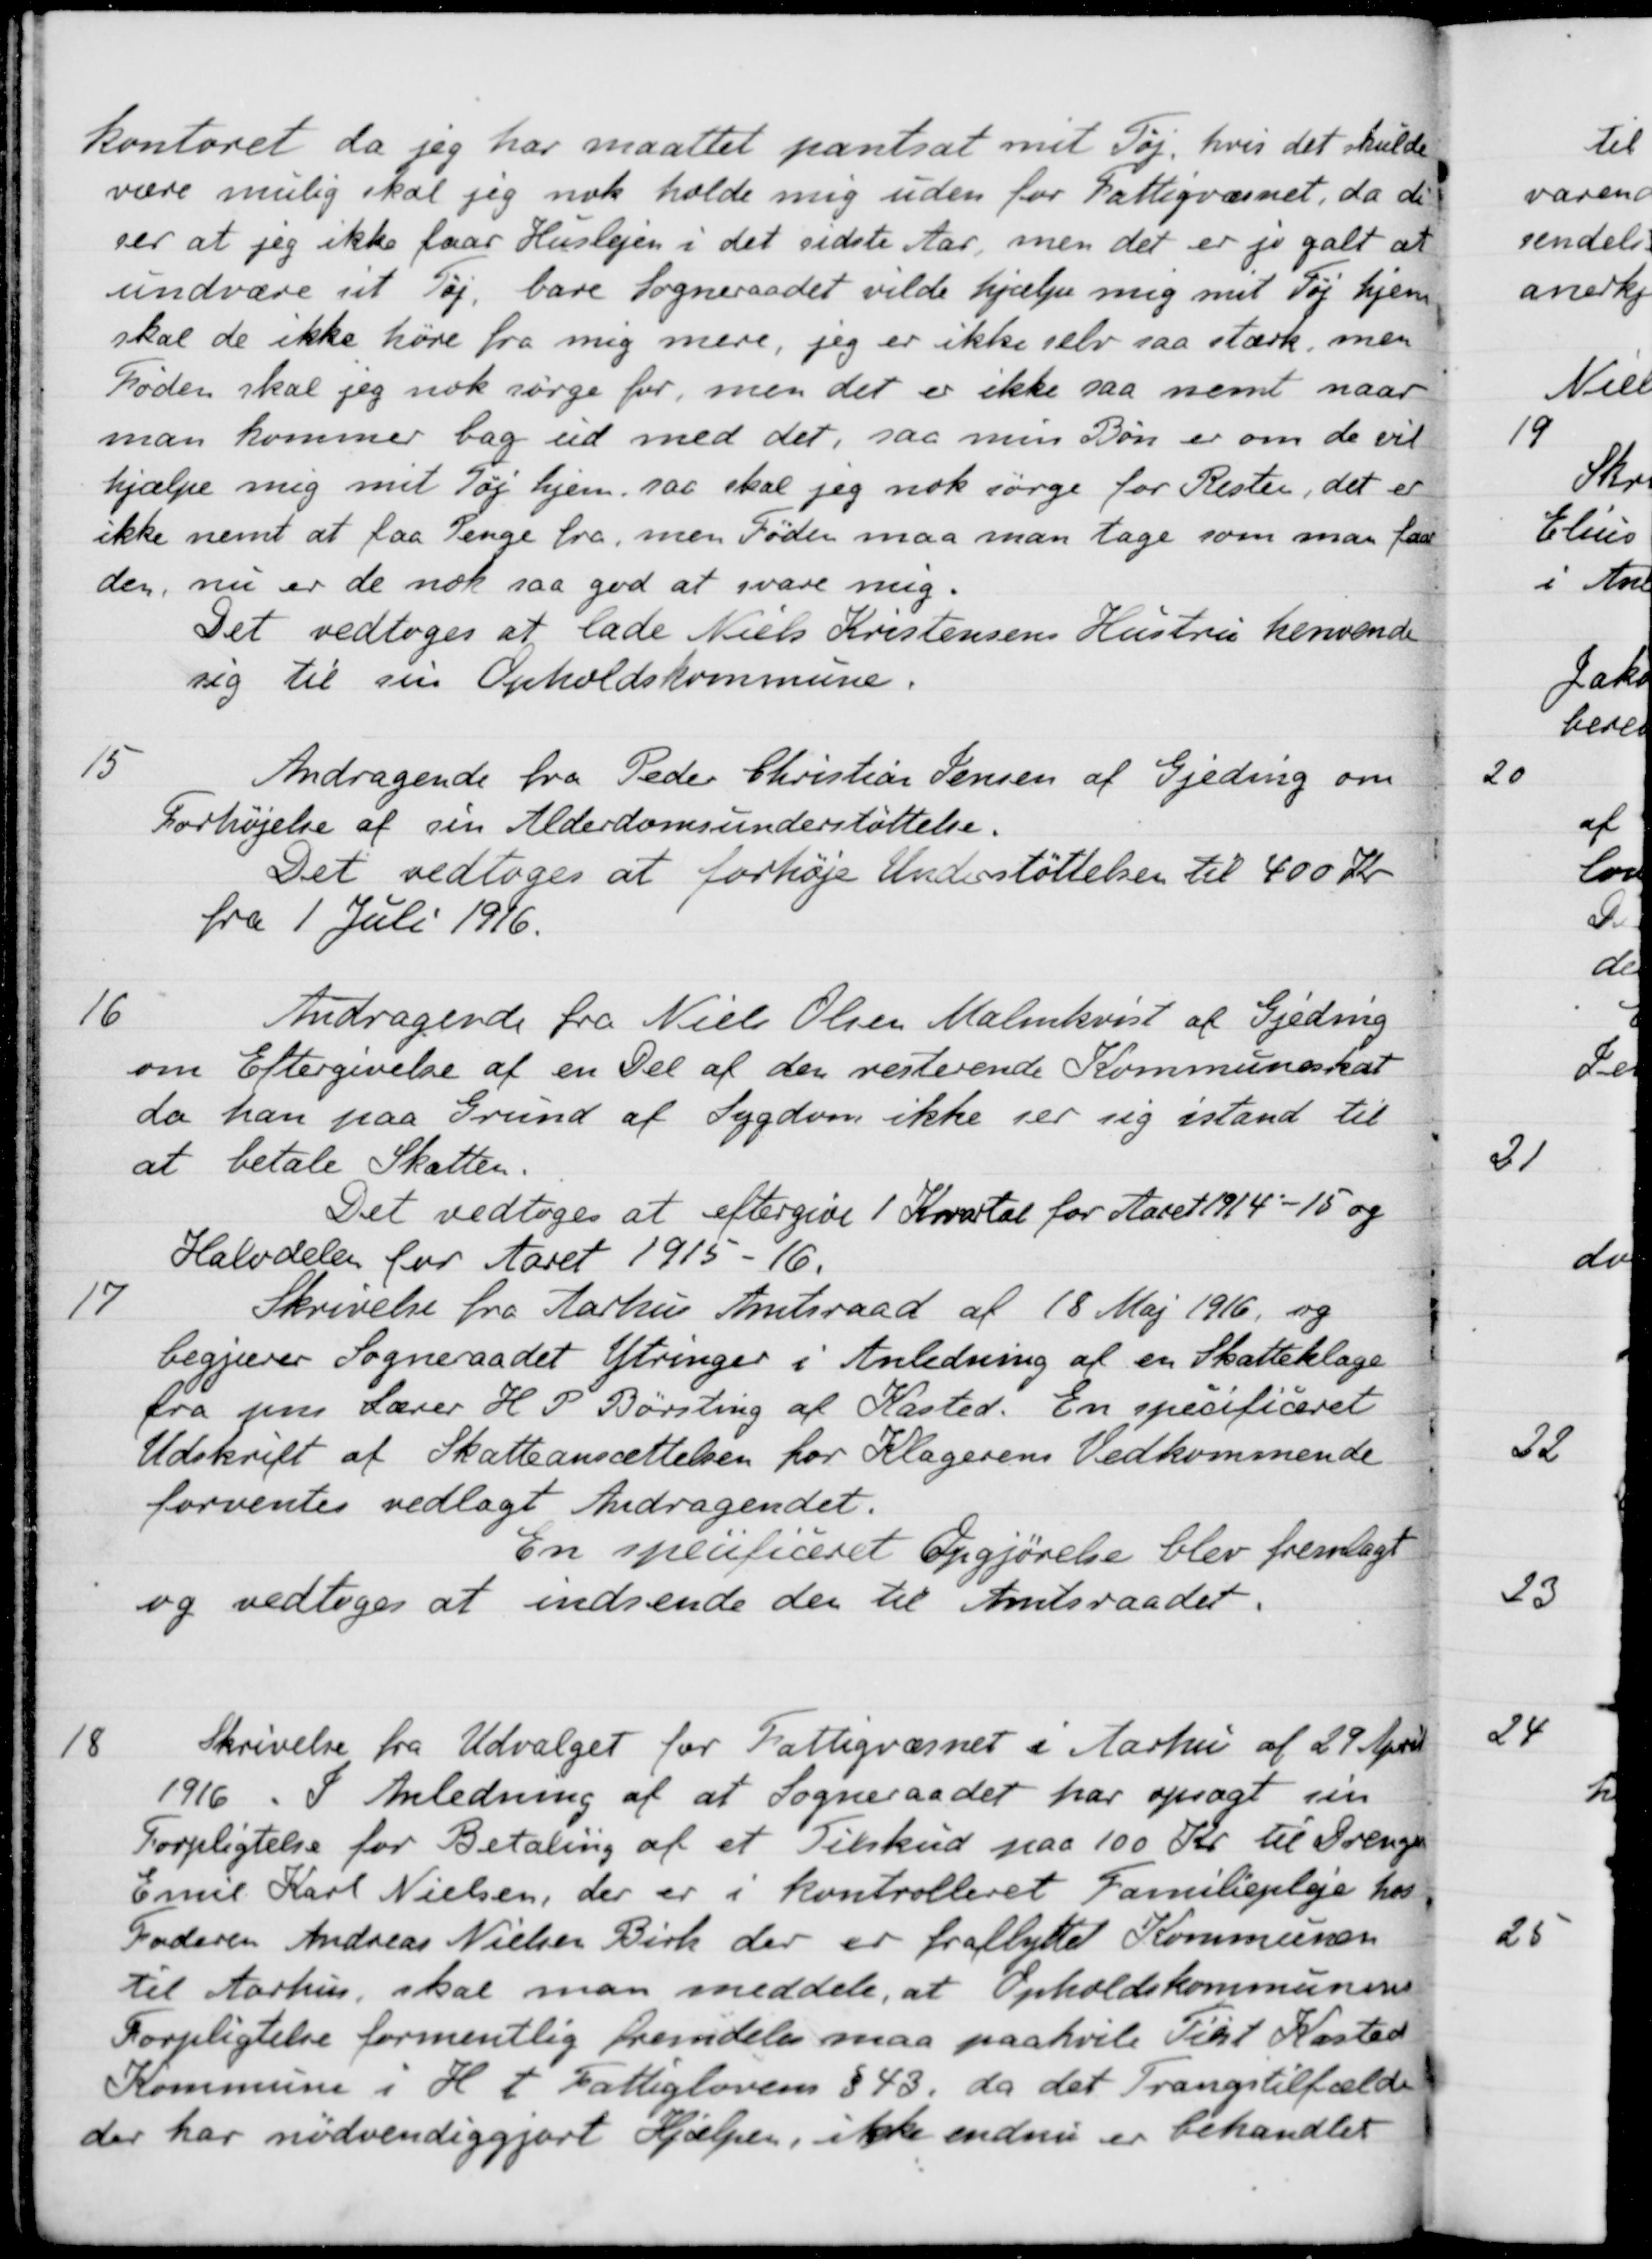
Transskription:
kontoret da jeg har maattet pantsat mit Tøj, hvis det skulde
være mulig skal jeg nok holde mig uden for Fattigvæsnet, da de
ser at jeg ikke faar Huslejen i det sidste Aar, men det er jo galt at
undvære sit Tøj, bare Sogneraadet vilde hjælpe mig mit Tøj hjem
skal de ikke høre fra mig mere, jeg er ikke selv saa stærk, men
Føden skal jeg nok sørge for, men det er ikke saa nemt naar
man kommer bag ud med det, saa min Bøn er om de vil
hjælpe mig mit Tøj hjem, saa skal jeg nok sørge for Rester, det er
ikke nemt at faa Penge fra, men Føden maa man tage som man faar
den, nu er de nok saa god at svare mig.
Det vedtoges at lade Niels Kristensens Hustru henvende
sig til sin Opholdskommune.
15
Andragende fra Peder Christian Jensen af Gjeding om
Forhøjelse af sin Alderdomsunderstøttelse.
Det vedtoges at forhøje Understøttelsen til 400 Kr.
fra 1 Juli 1916.
16
Andragende fra Niels Olsen Malmkvist af Gjeding
om Eftergivelse af en Del af den resterende Kommuneskat
da han paa Grund af Sygdom ikke ser sig istand til
at betale Skatten.
Det vedtoges at eftergive 1 Kvartal for Aaret 1914-15 og
Halvdelen for Aaret 1915-16.
17
Skrivelse fra Aarhus Amtsraad af 18 Maj 1916, og
begjærer Sogneraadet Ytringer i Anledning af en Skatteklage
fra pens Lærer H. P. Børsting af Kasted. En specificeret
Udskrift af Skatteansættelsen for Klagerens Vedkommende
forventes vedlagt Andragendet.
En specificeret Opgjørelse blev fremlagt
og vedtoges at indsende den til Amtsraadet.
18
Skrivelse fra Udvalget for Fattigvæsnet i Aarhus af 29 April
1916. I Anledning af at Sogneraadet har opsagt sin
Forpligtelse for Betaling af et Tilskud paa 100 Kr. til Drengen
Emil Karl Nielsen, der er i kontrolleret Familiepleje hos
Faderen Andreas Nielsen Birk der er fraflyttet Kommunen
til Aarhus, skal man meddele, at Opholdskommunens
Forpligtelse formentlig fremdeles maa paahvile Tilst Kasted
Kommune i H t Fattiglovens § 43, da det Trangstilfælde
der har nødvendiggjort Hjælpen, ikke endnu er behandlet